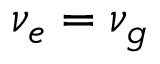
\nu _ { e } = \nu _ { g }